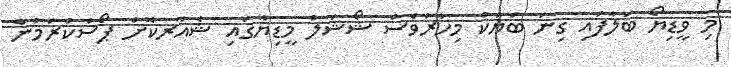
މި ވީޑިޔޯ ބަލާފައި ގިނަ ބަޔަކު މިހާރުވެސް ޝޯޝަލް މީޑިޔާގައި ޝެއަރކޮށް ޕޯސްކުރަމުން